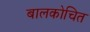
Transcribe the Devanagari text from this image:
बालकोचित